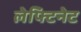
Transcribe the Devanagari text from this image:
लेफ्टिनेट